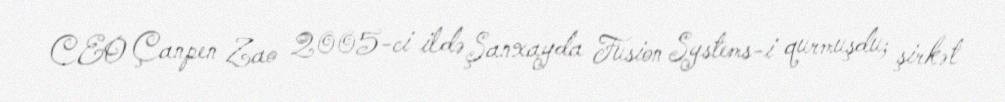
CEO Çanpen Zao 2005-ci ildə Şanxayda Fusion Systems-i qurmuşdu; şirkət